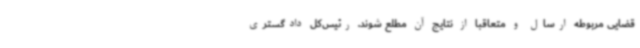
قضایی مربوطه ارسال و متعاقباً از نتایج آن مطلع شوند. رئیس‌کل دادگستری